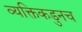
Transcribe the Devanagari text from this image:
व्यक्तिकडुनच